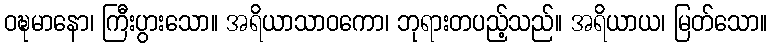
ဝဍ္ဎမာနော၊ ကြီးပွားသော။ အရိယာသာဝကော၊ ဘုရားတပည့်သည်။ အရိယာယ၊ မြတ်သော။